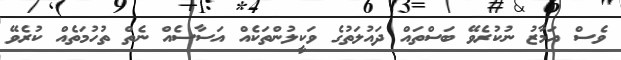
ވެސް އަމާޒު ނުކުރެވޭ ބަސްތައް ދައުލަތުގެ ވަކީލުންތަކެއް އަސާސެއް ނެތް ތުހުމަތެއް ކުރެވޭ